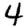
Digit: 4